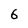
Character: 6